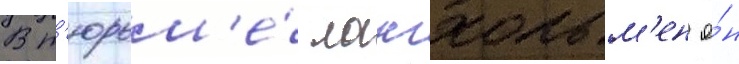
В т'юрьм'е́ лонгхольм'ен о́н